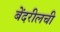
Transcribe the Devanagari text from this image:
बेंदरीलची